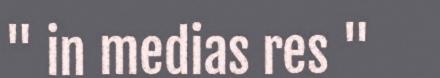
" in medias res "